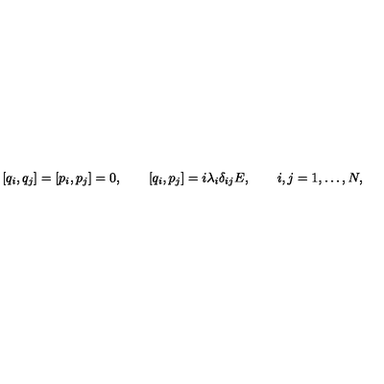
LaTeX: [ q _ { i } , q _ { j } ] = [ p _ { i } , p _ { j } ] = 0 , \qquad [ q _ { i } , p _ { j } ] = i \lambda _ { i } \delta _ { i j } E , \qquad i , j = 1 , \dots , N ,